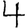
Digit: 4